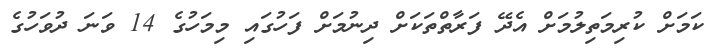
ކަމަށް ކުރިމަތިލުމަށް އެދޭ ފަރާތްތަކަށް ދިނުމަށް ފަހުގައި މިމަހުގެ 14 ވަނަ ދުވަހުގެ